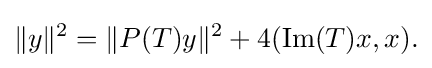
\displaystyle {\|y\|^{2}=\|P(T)y\|^{2}+4(\mathrm {Im} (T)x,x).}